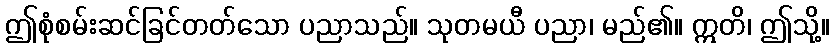
ဤစုံစမ်းဆင်ခြင်တတ်သော ပညာသည်။ သုတမယီ ပညာ၊ မည်၏။ ဣတိ၊ ဤသို့။